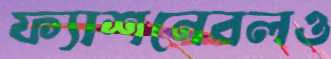
ফ্যাশনেবলও